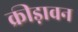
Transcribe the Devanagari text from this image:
क्रीड़ावन